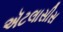
ઍટલાસીસ